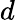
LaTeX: \displaystyle d